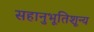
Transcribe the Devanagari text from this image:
सहानुभूतिशून्य